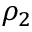
\rho _ { 2 }